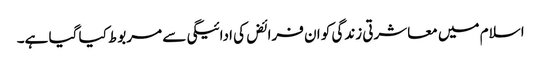
اسلام میں معاشرتی زندگی کو ان فرائض کی ادائیگی سے مربوط کیا گیا ہے۔